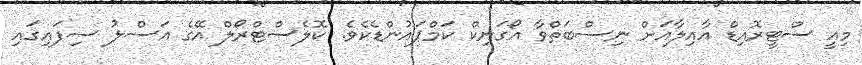
މިއީ ސްޓީރޮއިޑް އާއިލާއަށް ނިސްބަތްވާ އޯގަނިކް ކަމްޕައުންޑެކެވެ. ކޮލެސްޓްރޯލް އޭގެ އަސްލު ސިފައިގައި